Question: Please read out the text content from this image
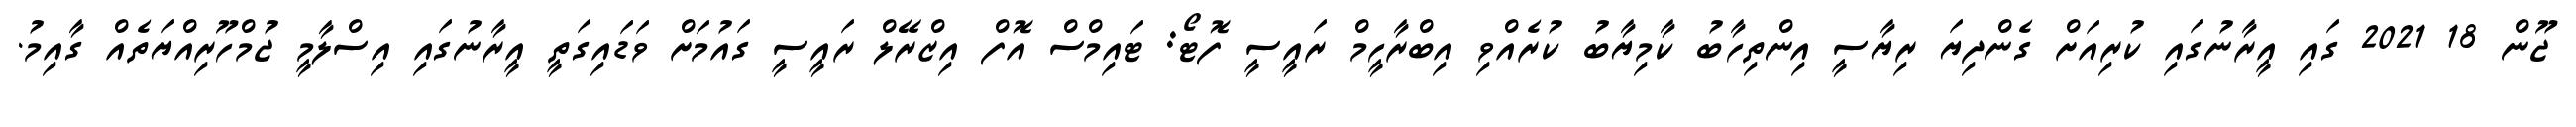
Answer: ޖޫން 18 2021 ގައި އީރާނުގައި ކުރިއަށް ގެންދިޔަ ރިޔާސީ އިންތިހާބު ކާމިޔާބު ކުރެއްވި އިބްރާހީމް ރައީސީ ފޮޓޯ: ޓައިމްސް އޮފް އިޒްރޭލް ރައީސީ ގައުމަށް ވަޑައިގަތީ އީރާނުގައި އިސްލާމީ ޖުމްހޫރިއްޔަތެއް ގާއިމު.